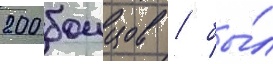
200 боицов / бы́л